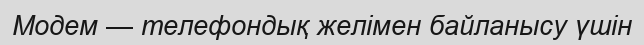
Модем — телефондық желімен байланысу үшін